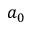
a _ { 0 }